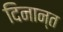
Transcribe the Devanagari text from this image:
दिनान्त